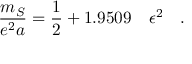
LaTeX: \frac { m _ { S } } { e ^ { 2 } a } = \frac { 1 } { 2 } + 1 . 9 5 0 9 \quad \epsilon ^ { 2 } \quad .